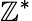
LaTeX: \mathbb{Z}^{\ast}